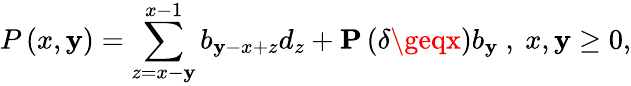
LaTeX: P\left(x,\mathbf{y}\right)=\sum_{z=x-\mathbf{y}}^{x-1}b_{\mathbf{y}-x+z}d_{z}+{\mathbf{P}}\left(\delta\geqx\right)b_{\mathbf{y}}\mathrm{{~,~}}x,\mathbf{y}\geq0,